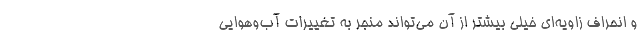
و انحراف زاویه‌ای خیلی بیشتر از آن می‌تواند منجر به تغییرات آب‌وهوایی